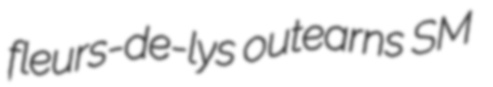
fleurs-de-lys outearns SM